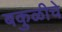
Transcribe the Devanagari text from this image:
बकुळीचे